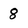
Character: 8